Document type: Sale
Year: 1423
Scribe: Joan Franc
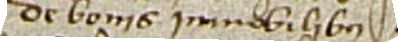
de bonis immobilibus